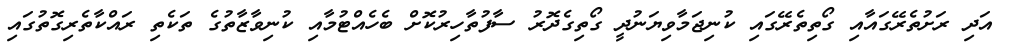
އަދި ރަށުތެރޭގައާއި ގޯތިތެރޭގައި ކުނިޖަމާވިޔަނުދީ ގޯތިގެދޮރު ސާފުތާހިރުކޮށް ބެހެއްޓުމާއި ކުނިވާޒާތުގެ ތަކެތި ރައްކާތެރިގޮތުގައި